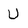
Character: U